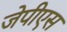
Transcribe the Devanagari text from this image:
जेपीएस